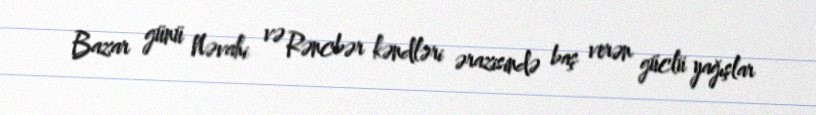
Bazar günü Nəvahi və Rəncbər kəndləri ərazisində baş verən güclü yağışlar